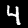
Label: 4